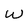
Character: W